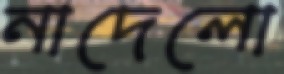
নাদেলো